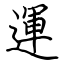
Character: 運